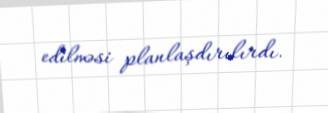
edilməsi planlaşdırılırdı.